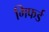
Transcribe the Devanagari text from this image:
गिफर्ड